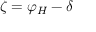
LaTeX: \zeta = \varphi _ { H } - \delta